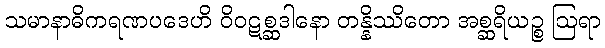
သမာနာဓိကရဏပဒေဟိ ဝိဝဋစ္ဆဒါနော တန္နိဿိတော အစ္ဆရိယဉ္စ ဩရာ